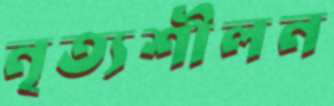
নৃত্যশীলন